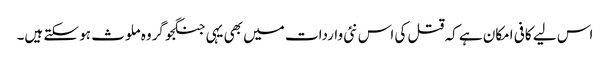
اس لیے کافی امکان ہے کہ قتل کی اس نئی واردات میں بھی یہی جنگجو گروہ ملوث ہو سکتے ہیں۔